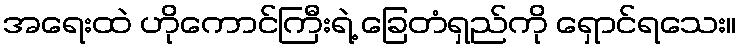
အရေးထဲ ဟိုကောင်ကြီးရဲ့ ခြေတံရှည်ကို ရှောင်ရသေး။